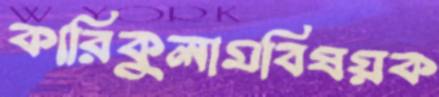
কারিকুলামবিষয়ক